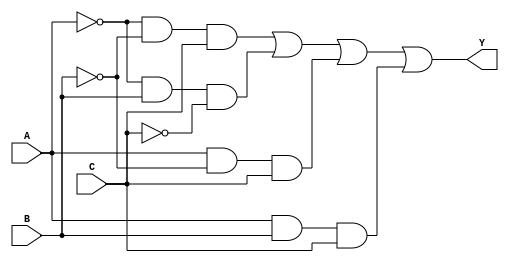
module combinational_logic (
    input wire A,  // 1st input
    input wire B,  // 2nd input
    input wire C,  // 3rd input
    output wire Y  // Output
);

// Combinational logic using the simplified expression
assign Y = (~A & ~B & C) | (~A & B & ~C) | (A & ~B & C) | (A & B & C);

endmodule